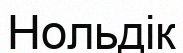
Нольдік